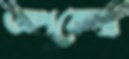
অপকেন্দ্র